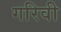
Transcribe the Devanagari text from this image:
गरिवी